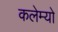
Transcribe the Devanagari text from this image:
कलेम्यो